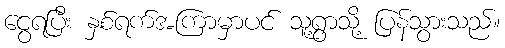
ငွေရပြီး နှစ်ရက်အကြာမှာပင် သူ့ရွာသို့ ပြန်သွားသည်။